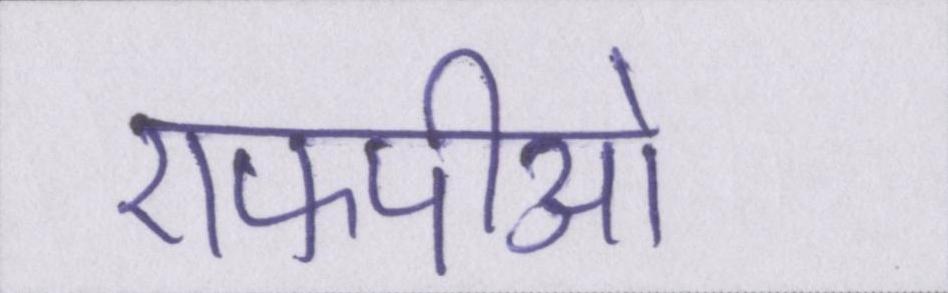
एफपीओ